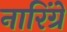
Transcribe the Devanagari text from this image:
नारिंग्रे